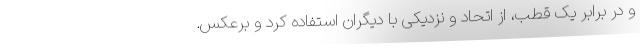
و در برابر یک قطب، از اتحاد و نزدیکی با دیگران استفاده کرد و برعکس.